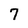
Character: 7